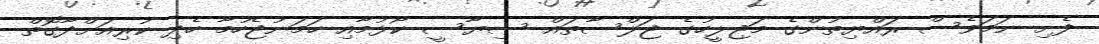
ފެށި ނަމަވެސް ރައްޔިތުންގެ މަޖިލީހުގެ ޖަލްސާތައް ސިޔާސީ ކޯޅުމާއި ހަމަނުޖެހުމާ ހެދި ކުރިއަށްދާގޮތް